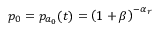
p _ { 0 } = p _ { a _ { 0 } } ( t ) = \left( 1 + \beta \right) ^ { - \alpha _ { r } }